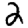
Digit: 2